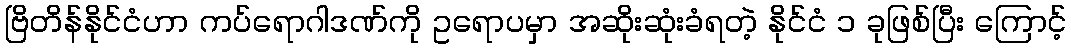
ဗြိတိန်နိုင်ငံဟာ ကပ်ရောဂါဒဏ်ကို ဥရောပမှာ အဆိုးဆုံးခံရတဲ့ နိုင်ငံ ၁ ခုဖြစ်ပြီး ကြောင့်